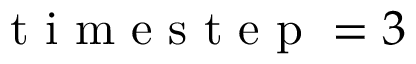
\mathrm { ~ t ~ i ~ m ~ e ~ s ~ t ~ e ~ p ~ } = 3